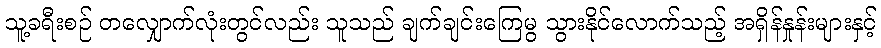
သူ့ခရီးစဉ် တလျှောက်လုံးတွင်လည်း သူသည် ချက်ချင်းကြေမွ သွားနိုင်လောက်သည့် အရှိန်နှုန်းများနှင့်